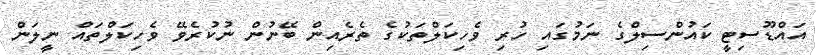
އައްޑޫސިޓީ ކައުންސިލްގެ ނަމުގައި ހުރި ވެހިކަލްތަކުގެ ތެރެއިން ބޭނުން ނުކުރެވޭ ވެހިކަލްތައް ނީލަން